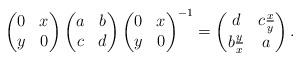
LaTeX: \begin{align*}\begin{pmatrix} 0 & x \\ y & 0 \end{pmatrix} \begin{pmatrix} a & b \\ c & d \end{pmatrix} \begin{pmatrix} 0 & x \\ y & 0 \end{pmatrix}^{-1} = \begin{pmatrix} d & c \frac{x}{y} \\ b \frac{y}{x} & a \end{pmatrix}. \end{align*}